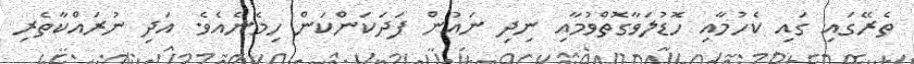
ތެރޭގައި ގައި ކެހުމާއި ހޮޑުލަވާގޮތްވުމާއި ނިދި ނައުން ފަދަކަންކަން ހިމެނެއެވެ. އަދި ނުރައްކާތެރި